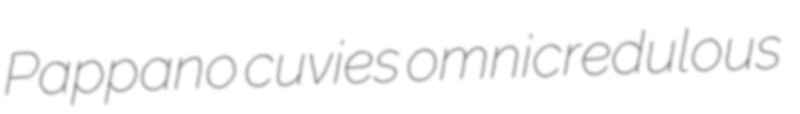
Pappano cuvies omnicredulous